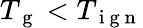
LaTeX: T_{\mathrm{~g~}}<T_{\mathrm{~i~g~n~}}